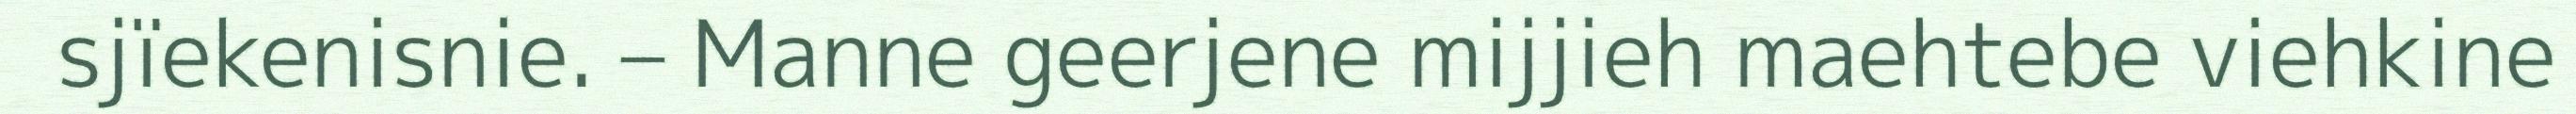
sjïekenisnie. – Manne geerjene mijjieh maehtebe viehkine